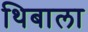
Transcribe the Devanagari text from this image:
थिबाला